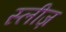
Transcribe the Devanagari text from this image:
स्लीज़